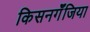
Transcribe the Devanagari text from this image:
किसनगॅँजिया